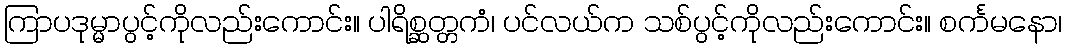
ကြာပဒုမ္မာပွင့်ကိုလည်းကောင်း။ ပါရိစ္ဆတ္တကံ၊ ပင်လယ်က သစ်ပွင့်ကိုလည်းကောင်း။ စင်္ကမနော၊